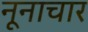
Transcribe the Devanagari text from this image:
नूनाचार